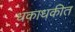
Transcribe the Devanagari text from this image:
धकाधकीत